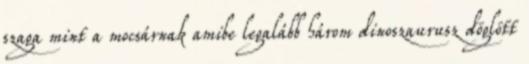
szaga mint a mocsárnak amibe legalább három dinoszaurusz döglött